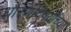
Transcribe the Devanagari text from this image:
धोरणविषयींच्या